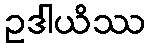
ဥဒါယိဿ